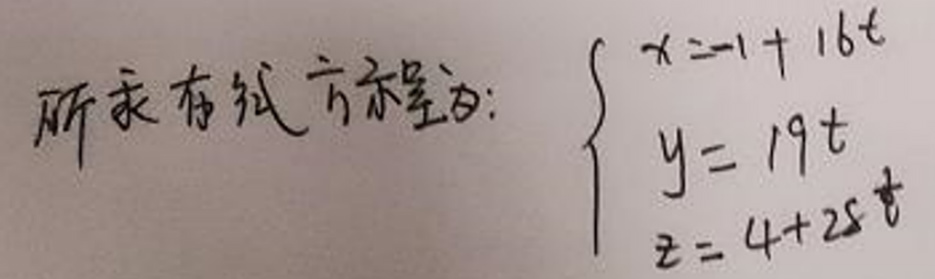
所求直线方程为:
\[
\begin{cases}
x = 1 + 16t \\
y = 19t \\
z = 4 + 25t
\end{cases}
\]